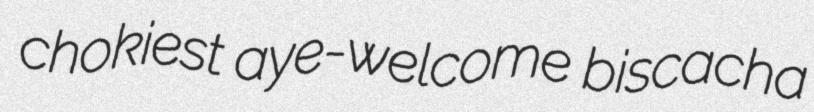
chokiest aye-welcome biscacha